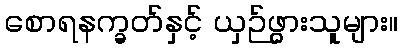
စောရနက္ခတ်နှင့် ယှဉ်ဖွားသူများ။